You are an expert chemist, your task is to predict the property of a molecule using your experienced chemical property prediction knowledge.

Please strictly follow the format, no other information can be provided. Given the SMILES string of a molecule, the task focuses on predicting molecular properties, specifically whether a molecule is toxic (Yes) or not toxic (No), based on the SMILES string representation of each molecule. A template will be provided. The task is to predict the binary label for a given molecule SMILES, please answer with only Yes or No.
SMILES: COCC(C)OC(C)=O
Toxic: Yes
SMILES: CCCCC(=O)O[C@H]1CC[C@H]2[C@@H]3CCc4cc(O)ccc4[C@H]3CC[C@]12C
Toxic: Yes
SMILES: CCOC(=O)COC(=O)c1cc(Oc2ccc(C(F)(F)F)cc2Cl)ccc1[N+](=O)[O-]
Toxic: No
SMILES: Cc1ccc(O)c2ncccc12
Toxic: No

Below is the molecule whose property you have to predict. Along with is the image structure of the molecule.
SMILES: O=NN(CCCl)C(=O)NCCCl
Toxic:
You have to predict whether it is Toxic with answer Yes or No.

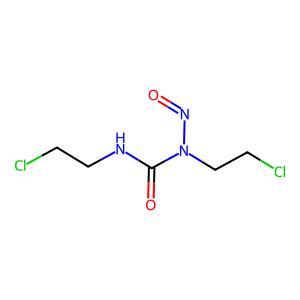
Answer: No